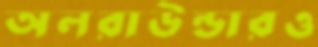
অলরাউন্ডারও